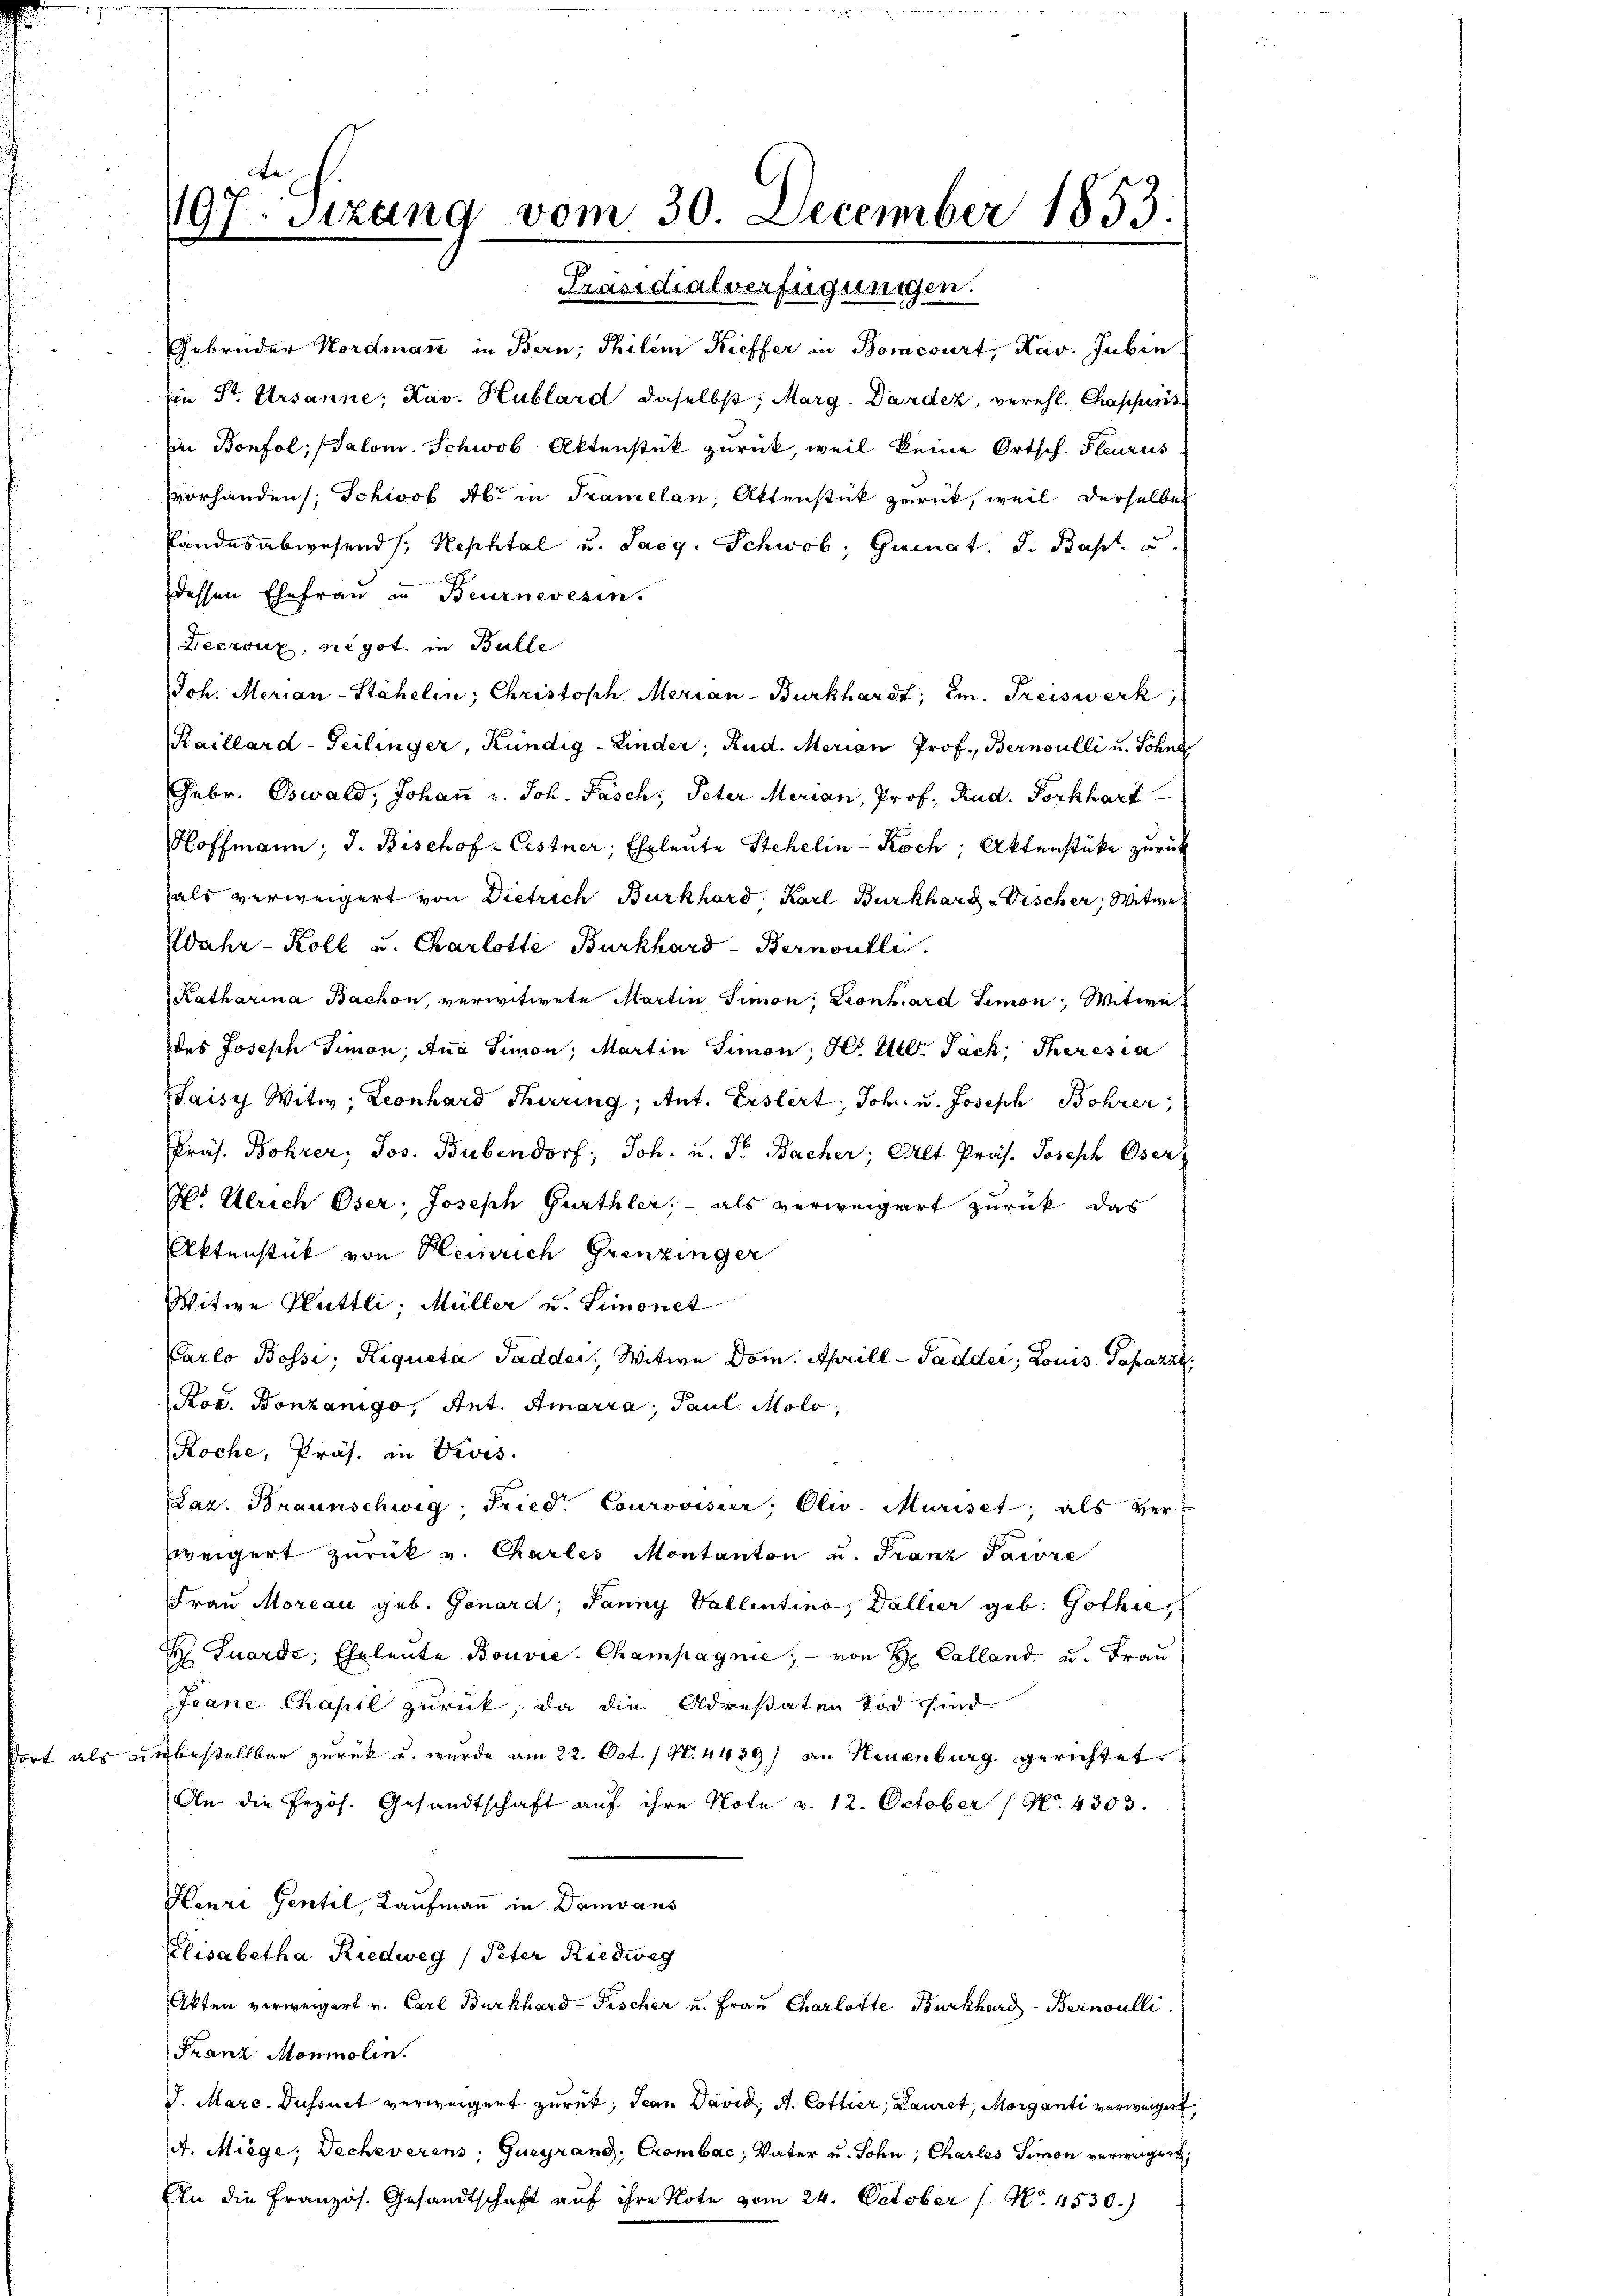
dort als ei

97. Sizung vom 30. December 1853.
Präsidialverfügungen.

Gebrüder Nordmann in Bern, Thilem Kieffer in Bomcourt, Kav. Gubin
Ein St. Ursanne; Kav. Hublard daselbst, Marg. Darden, verehl. Chascheit
in Bonfol, Salom. Schwob Aktenstück zurück, weil keine Ortsch. Steurus
vorhanden Schwol Ab. in Tramelan; Attenstück zurück, weil derselbe
Landesabwesend /: Nephtal u. Larg. Schwob, Gumnat. d. Kasst u.
dessen Ehefrau in Beurnevesin.
Decroux, negot. in Bulle
Joh. Merian-Stähelin, Christoph Merian-Burkhardt, Em. Freiswerk,
Kaillard-Seilinger, Kündig-Linder, Rud. Merian Prof. Bernoulli u. Söhne
Febr. Oswald, Johaṅ u. Joh. Pasch, Peter Merian, Prof. Rud. Porkhart
Hoffmann; J. Bischof-Cestner, Ehrleute Stehelin - Koch; Aktenstüke zurück
als verweigert von Dietrich Burkhard. Karl Burkhard-Vischer, Witwe
Wahr-Kolb u. Charlotte Burkhard-Bernoulli
Katharina Bachon, verwitwete Martin Simon, Leonhard Simon Witwe
des Joseph Simon, Aug Simon, Martin Simon H. M. Pach, Theresia
Taisy Witw: Leonhard Thüring, Ant. Erstert; Joh. u. Joseph Bohrer
Präs. Bohrer, Jos. Bubendorf, Joh. u. Dr. Bacher, Alt Präs. Joseph Oser
H. Ulrich Oser, Joseph Gurthler, - als verweigert zurück, das
Aktenstück von Heinrich Grenzinger
Witwe Hüttli, Müller u. Simonet
Karlo Bossi; Riqueta Sadder, Witwe Dom. Aprill-Padder; Louis Papazze
Rod. Bonzanige, Ant. Amaria, Paul Molo,
Roche, Präs. in Divis.
Sar. Braunschwig, Fried. Courvoisier, Oliv. Muriset, als verweigert zŭrück v. Charles Montanton u. Franz Saire
Frau Moreau geb. Gonard, Panny Vallentino, Dallier geb. Gothie
 Tuarde, Eheleute Bouvie- Champagnie, - von H Calland u. Frau
Jeane Chapel zurück, da die Adrestaten Tod sind.
ubestellbar zurück u. wurde am 22. Oct. / N. 4439) an Neuenburg gerichtet.
An die Przös. Gesandtschaft auf ihre Note v. 12. October (No. 4303.
Henze Gentel, Kaufmann in Damvans
Elisabetha Riedweg (Peter Riedwig
Akten verweigert v. Carl Burkhard-Fischer u. Frau Charlotte Burkhard-Bernoulli
Franz Monmolin.
V. Marc. Dussuct verweigert zurück, Jean David A. Cottier, Lauret, Morganti verweigert,
t. Miege; Decheverens, Gueyrand, Crombac, Vater u. Sohn, Charles Simon verweigert,
En die Französ. Gesandtschaft aŭf ihre Note vom 24. October ( No. 4530.)